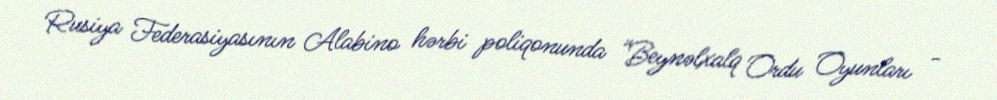
Rusiya Federasiyasının Alabino hərbi poliqonunda “Beynəlxalq Ordu Oyunları -